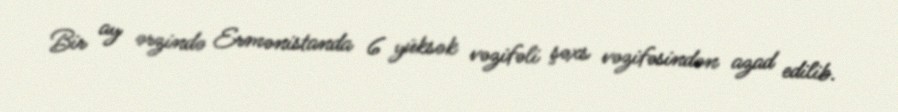
Bir ay ərzində Ermənistanda 6 yüksək vəzifəli şəxs vəzifəsindən azad edilib.